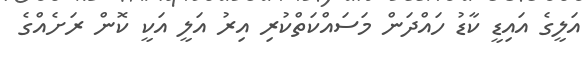
އަލީގެ އައިޑީ ކާޑު ހައްދަން މަސައްކަތްކުރި އިރު އަލީ އަކީ ކޮން ރަށެއްގެ